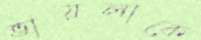
ভায়লাকে